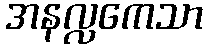
အနလ္လကေသာ